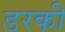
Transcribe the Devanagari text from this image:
डरकी